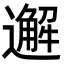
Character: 邂